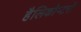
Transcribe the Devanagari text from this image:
हैलिकोप्‍टरों